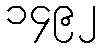
၁၄၉၂